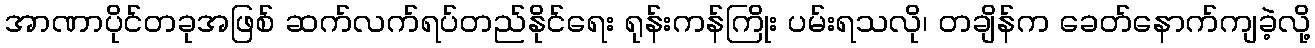
အာဏာပိုင်တခုအဖြစ် ဆက်လက်ရပ်တည်နိုင်ရေး ရုန်းကန်ကြိုး ပမ်းရသလို၊ တချိန်က ခေတ်နောက်ကျခဲ့လို့